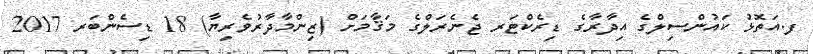
ފ.އަތޮޅު ކައުންސިލްގެ އިދާރާގެ ޑިރެކްޓަރ ޖެނެރަލްގެ މަޤާމަށް (ޒިންމާދާރުވެރިޔާ) 18 ޑިސެންބަރ 2017